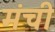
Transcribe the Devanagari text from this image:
मंची